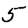
Digit: 5